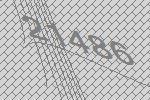
21486